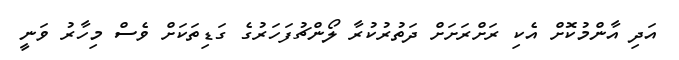
އަދި އާންމުކޮށް އެކި ރަށްރަށަށް ދަތުރުކުރާ ލޯންޗުފަހަރުގެ ގަޑިތަކަށް ވެސް މިހާރު ވަނީ